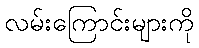
လမ်းကြောင်းများကို